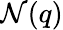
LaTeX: \mathcal{N}(q)